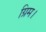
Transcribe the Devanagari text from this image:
ग्रिम।